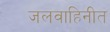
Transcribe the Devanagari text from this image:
जलवाहिनीत